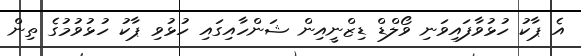
އެ ޕާކު ހުޅުވާފައިވަނި ވޯލްޑް ޑިޒްނީއިން ޝަންހާއިގައި ހުޅުވި ޕާކު ހުޅުވުމުގެ ތިން